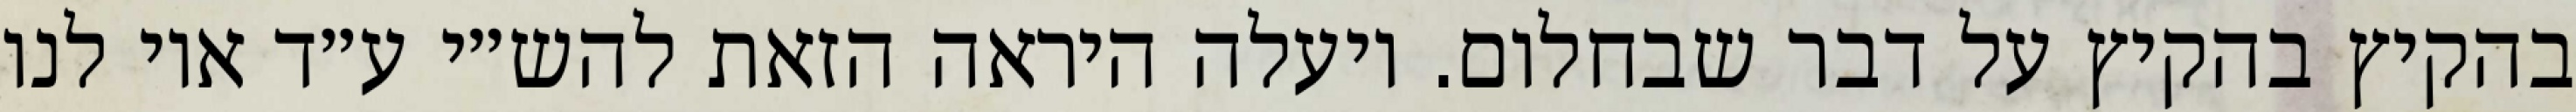
בהקיץ בהקיץ על דבר שבחלום. ויעלה היראה הזאת להש״י ע״ד אוי לנו